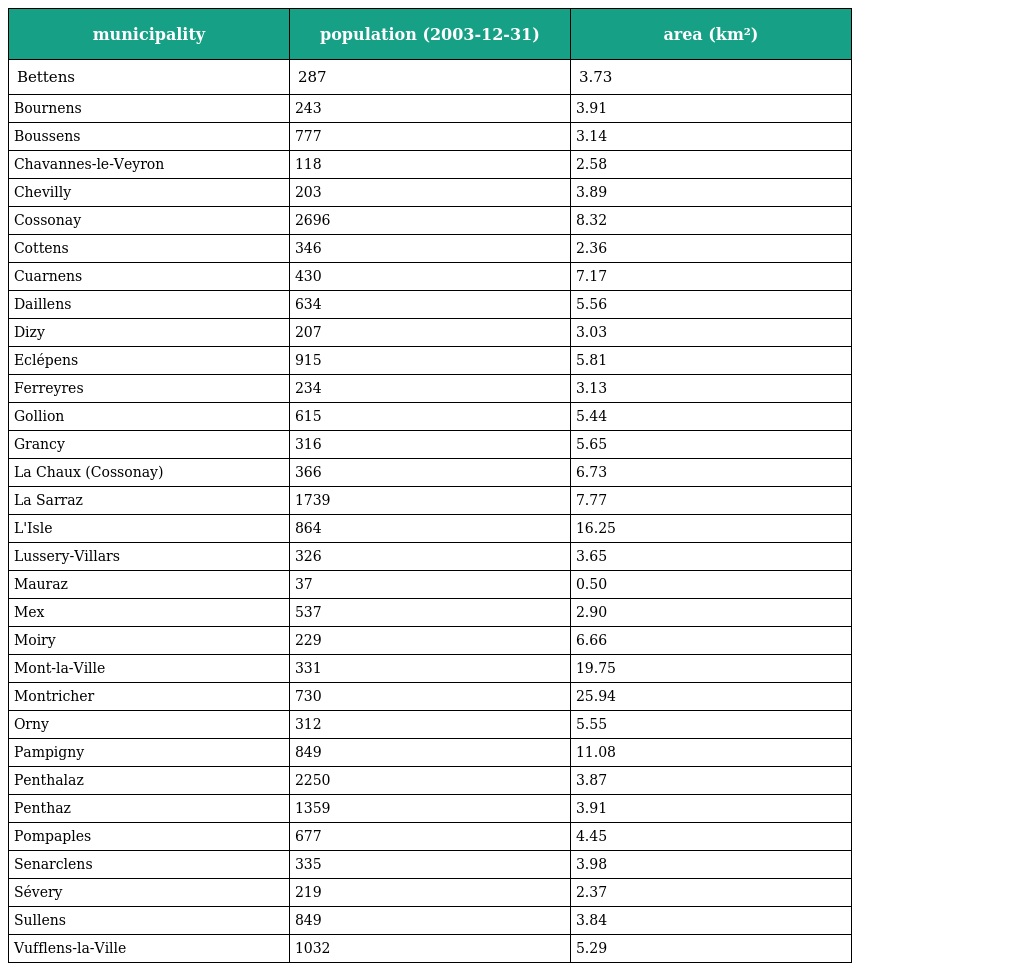
| municipality | population (2003-12-31) | area (km²) |
 | --- | --- | --- |
 | Bettens | 287 | 3.73 |
 | Bournens | 243 | 3.91 |
 | Boussens | 777 | 3.14 |
 | Chavannes-le-Veyron | 118 | 2.58 |
 | Chevilly | 203 | 3.89 |
 | Cossonay | 2696 | 8.32 |
 | Cottens | 346 | 2.36 |
 | Cuarnens | 430 | 7.17 |
 | Daillens | 634 | 5.56 |
 | Dizy | 207 | 3.03 |
 | Eclépens | 915 | 5.81 |
 | Ferreyres | 234 | 3.13 |
 | Gollion | 615 | 5.44 |
 | Grancy | 316 | 5.65 |
 | La Chaux (Cossonay) | 366 | 6.73 |
 | La Sarraz | 1739 | 7.77 |
 | L'Isle | 864 | 16.25 |
 | Lussery-Villars | 326 | 3.65 |
 | Mauraz | 37 | 0.50 |
 | Mex | 537 | 2.90 |
 | Moiry | 229 | 6.66 |
 | Mont-la-Ville | 331 | 19.75 |
 | Montricher | 730 | 25.94 |
 | Orny | 312 | 5.55 |
 | Pampigny | 849 | 11.08 |
 | Penthalaz | 2250 | 3.87 |
 | Penthaz | 1359 | 3.91 |
 | Pompaples | 677 | 4.45 |
 | Senarclens | 335 | 3.98 |
 | Sévery | 219 | 2.37 |
 | Sullens | 849 | 3.84 |
 | Vufflens-la-Ville | 1032 | 5.29 |